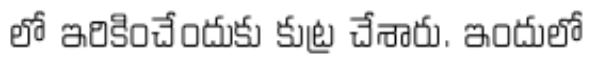
లో ఇరికించేందుకు కుట్ర చేశారు. ఇందులో